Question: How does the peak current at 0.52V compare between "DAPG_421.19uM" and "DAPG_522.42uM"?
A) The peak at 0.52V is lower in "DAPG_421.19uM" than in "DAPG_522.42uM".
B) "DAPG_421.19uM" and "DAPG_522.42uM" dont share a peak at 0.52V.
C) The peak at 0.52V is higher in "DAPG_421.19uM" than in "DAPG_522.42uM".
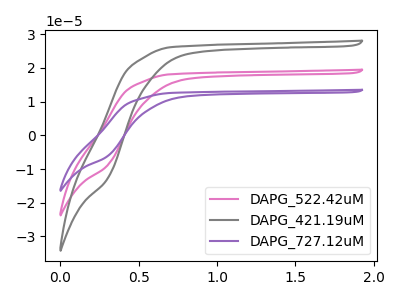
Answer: <think>The pink curve "DAPG_522.42uM" has no peaks. The gray curve "DAPG_421.19uM" has no peaks. The purple curve "DAPG_727.12uM" has no peaks.</think>
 <answer>B) "DAPG_421.19uM" and "DAPG_522.42uM" dont share a peak at 0.52V.</answer>
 <eval>B</eval>